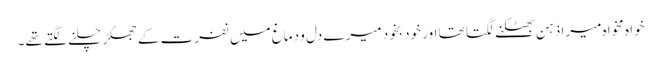
خواہ مخواہ میرا ذہن بھٹکنے لگتا تھا اور خود بخود میرے دل و دماغ میں نفرت کے جھکڑ چلنے لگتے تھے۔